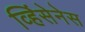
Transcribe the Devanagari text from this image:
व्हिंसेनेस